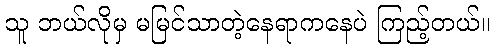
သူ ဘယ်လိုမှ မမြင်သာတဲ့နေရာကနေပဲ ကြည့်တယ်။